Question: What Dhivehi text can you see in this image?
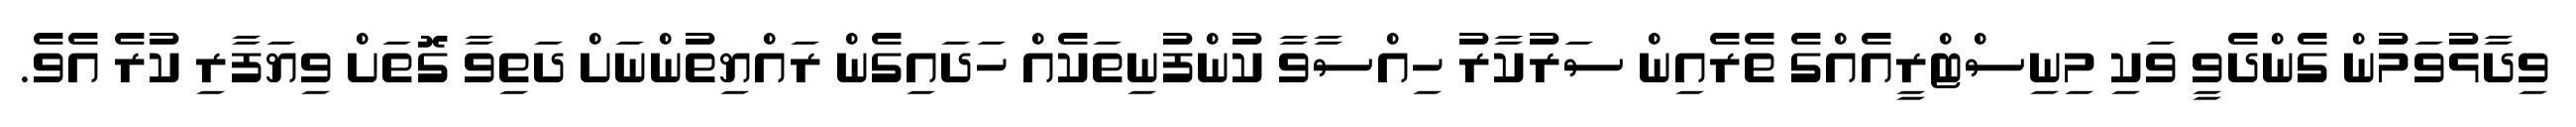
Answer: ވިދާޅުވަމުން ގެންދެވީ ވަކި މިނިސްޓްރީއެއްގެ ތެރެއިން ސަރުކާރު ހިއްސާވާ ކުންފުނިތަކެއް ހަދައިގެން ރައްޔިތުންނަށް ދަތިވާ ގޮތަށް ވިޔަފާރި ކުރެ އެވެ.